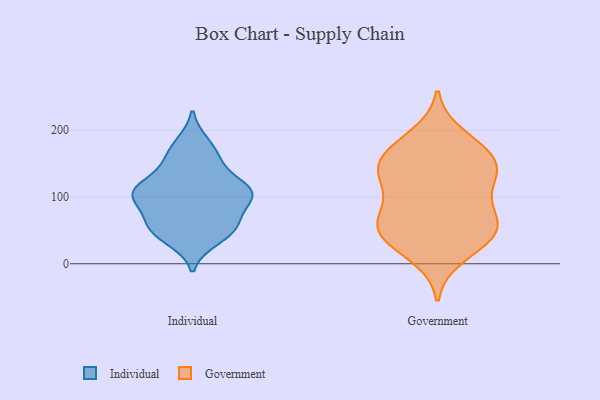
{"axis": {"x": "Tickets Resolved", "y": "Value"}, "legend": ["Government", "Individual"], "data": [{"x": "", "y": 112, "type": "Individual"}, {"x": "", "y": 103, "type": "Individual"}, {"x": "", "y": 149, "type": "Individual"}, {"x": "", "y": 72, "type": "Individual"}, {"x": "", "y": 160, "type": "Individual"}, {"x": "", "y": 181, "type": "Individual"}, {"x": "", "y": 50, "type": "Individual"}, {"x": "", "y": 51, "type": "Individual"}, {"x": "", "y": 104, "type": "Individual"}, {"x": "", "y": 112, "type": "Individual"}, {"x": "", "y": 36, "type": "Individual"}, {"x": "", "y": 112, "type": "Individual"}, {"x": "", "y": 61, "type": "Individual"}, {"x": "", "y": 98, "type": "Individual"}, {"x": "", "y": 63, "type": "Government"}, {"x": "", "y": 146, "type": "Government"}, {"x": "", "y": 108, "type": "Government"}, {"x": "", "y": 157, "type": "Government"}, {"x": "", "y": 40, "type": "Government"}, {"x": "", "y": 129, "type": "Government"}, {"x": "", "y": 69, "type": "Government"}, {"x": "", "y": 38, "type": "Government"}, {"x": "", "y": 12, "type": "Government"}, {"x": "", "y": 53, "type": "Government"}, {"x": "", "y": 191, "type": "Government"}, {"x": "", "y": 73, "type": "Government"}, {"x": "", "y": 165, "type": "Government"}, {"x": "", "y": 172, "type": "Government"}, {"x": "", "y": 125, "type": "Government"}, {"x": "", "y": 139, "type": "Government"}, {"x": "", "y": 45, "type": "Government"}]}